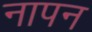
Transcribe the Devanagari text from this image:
नापन